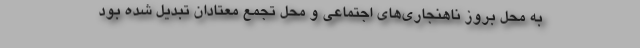
به محل بروز ناهنجاري‌هاي اجتماعي و محل تجمع معتادان تبديل شده بود